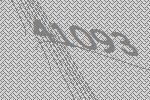
41093